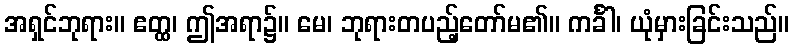
အရှင်ဘုရား။ ဧတ္ထ၊ ဤအရာ၌။ မေ၊ ဘုရားတပည့်တော်မ၏။ ကင်္ခါ၊ ယုံမှားခြင်းသည်။